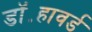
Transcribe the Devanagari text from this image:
डॉ॰हावर्ड